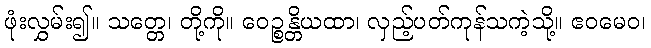
ဖုံးလွှမ်း၍။ သတ္တေ၊ တို့ကို။ ဝေဉ္စန္တိယထာ၊ လှည့်ပတ်ကုန်သကဲ့သို့။ ဧဝမေဝ၊